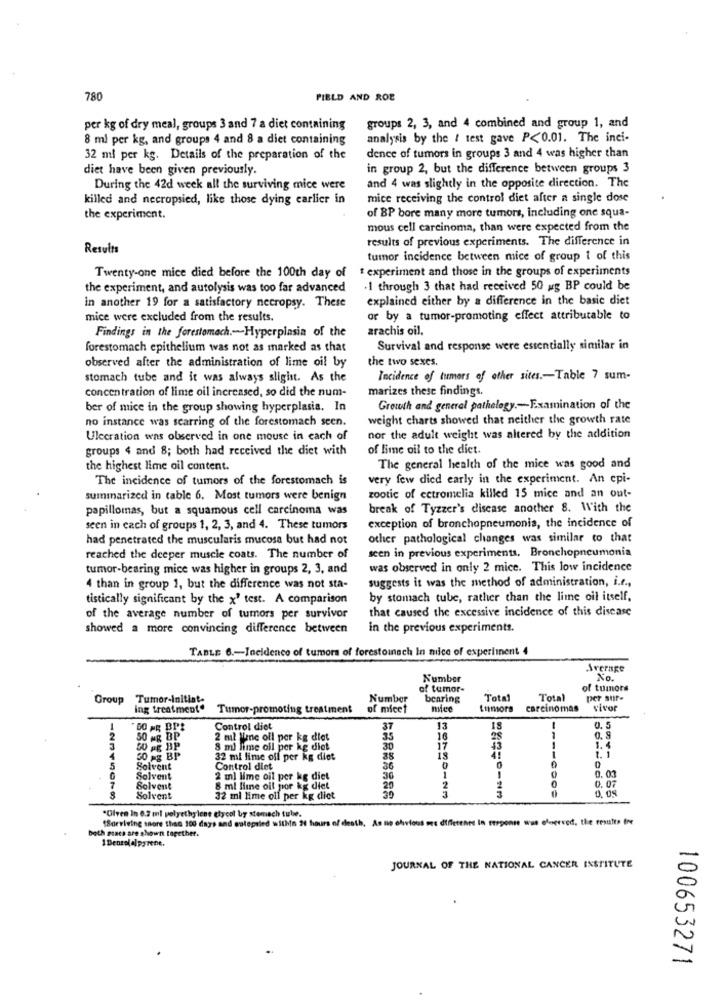
780
FIELD AND ROE
per kg of dry meal, groups 3 and 7 a diet containing
groups 2, 3, and 4 combined and group 1, and
8 ml per kg, and groups 4 and 8 a diet containing
analysis by the { test gave P<0.01. The inci-
32 ml per kg. Details of the preparation of the
dence of tumors in groups 3 and 4 was higher than
diet have been given previously.
in group 2, but the difference between groups 3
During the 42d week all the surviving mice were
and 4 was slightly in the opposite direction. The
killed and necropsied, like those dying earlier in
mice receiving the control diet after a single dose
the experiment.
of BP bore many more tumors, including one squa-
mous cell carcinoma, than were expected from the
results of previous experiments. The difference in
Results
tumor incidence between mice of group 1 of this
Twenty-one mice died before the 100th day of
$ experiment and those in the groups of experiments
the experiment, and autolysis was too far advanced
.1 through 3 that had received 50 ug BP could be
explained either by a difference in the basic diet
in another 19 for a satisfactory necropsy. These
mice were excluded from the results.
or by a tumor-promoting effect attributable to
arachis oil.
Findings in the forestomach .- Hyperplasia of the
forestomach epithelium was not as marked as that
Survival and response were essentially similar in
observed after the administration of lime oil by
the two sexes.
stomach tube and it was always sligist. As the
Incidence of tumors of other sites .- Table 7 sum-
concentration of lime oil increased, so did the num-
marizes these findings.
ber of mice in the group showing hyperplasia. In
Growth and general pathelogy .- Examination of the
no instance was scarring of the forestomach seen.
weight charts showed that neither the growth rate
Ulecration was observed in one mouse in each of
nor the adult weight was altered by the addition
groups $ and 8; both had received the diet with
of lime oil to the diet.
the highest lime oil content.
The general health of the mice was good and
The incidence of tumors of the forestomach is
very few died early in the experiment. An epi-
summarized in table 6. Most tumors were benign
zootic of ectromelia killed 15 mice and an out-
papillomas, but a squamous cell carcinoma was
break of Tyzzer's disease another 8. With the
seen in each of groups 1, 2, 3, and 4. These tumors
exception of bronchopneumonia, the incidence of
had penetrated the muscularis mucosa but had not
other pathological changes was similar to that
reached the deeper muscle coats. The number of
seen in previous experiments, Bronchopneumonia
tumor-bearing mice was higher in groups 2, 3, and
was observed in only 2 mice. This low incidence
suggests it was the method of administration, i.e .,
4 than in group 1, but the difference was not sta-
tistically significant by the x' test. A comparison
by stomach tube, rather than the lime oil itself.
that caused the excessive incidence of this disease
of the average number of tumors per survivor
showed a more convincing difference between
in the previous experiments.
TABLE 6 .- Incidence of tumors of forestounach In milce of experiment 4
Average
Number
No.
of tumor-
of tumors
Group Tumor-Initiat.
Number
bearing
Total
Total
per stir-
ing treatment"
Tumor-promoting treatment
of micet
mic
tumors
carcinomas
vivor
1
Control diet
37
13
18
-
0.
2
SO MR BP
2 mil None ofl per kg diet
35
16
0. 9
50 PE BP
8 ml hime oil per kg diet
30
43
1.4
1. 1
4
50 Ag BP
32 ml lime off per kg diet
38
41
5
Solvent
Control diet
36
0
Solvent
2 ml lime oil per kg diet
30
0.07
3. 03
Solvent
8 ml line oil for kg diet
20
2
0.04
Solvent
32 mi lime oil per kg diet
3
[Borriving more than 100 days and entepried within 24 hours of death. As no olurtous mes diffet
"Ulven In 0.2 ml polyethylene etycol by stomach tulw.
both maca are shown together.
1 Denzelalpyrene.
JOURNAL OF THE NATIONAL CANCER INSTITUTE
100653271